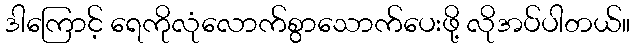
ဒါကြောင့် ရေကိုလုံလောက်စွာသောက်ပေးဖို့ လိုအပ်ပါတယ်။